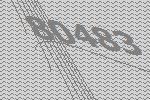
80483